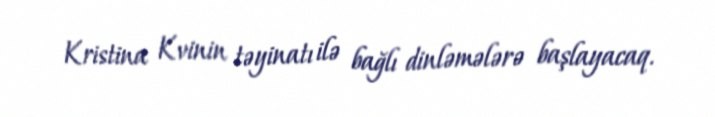
Kristina Kvinin təyinatı ilə bağlı dinləmələrə başlayacaq.